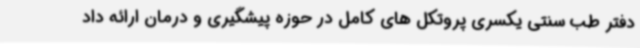
دفتر طب سنتی یکسری پروتکل های کامل در حوزه پیشگیری و درمان ارائه داد